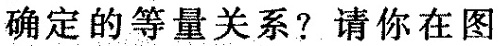
确定的等量关系?请你在图